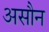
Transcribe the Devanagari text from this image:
असौन